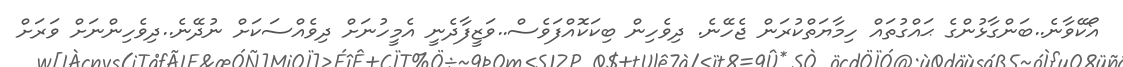
އޯކޭވާނެ..ބަންގާޅުންގެ ޙައްގުތައް ހިމާޔަތްކުރަން ޖެހޭނެ. ދިވެހިން ބިކަކޮއްފަވެސް..ވަޒީފާދެނީ އެމީހުނަށް ދިވެއްސަކަށް ނުދޭނެ..ދިވެހިންނަށް ވަރަށް